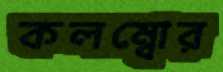
কলম্বোর